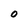
Character: 0